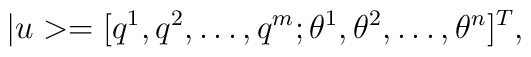
|u>=[q^1,q^2, \dots,q^m;\theta^1,\theta^2, \dots, \theta^n]^T,